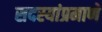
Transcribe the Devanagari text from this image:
सदस्यांप्रमाणे